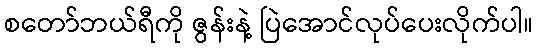
စတော်ဘယ်ရီကို ဇွန်းနဲ့ ပြဲအောင်လုပ်ပေးလိုက်ပါ။